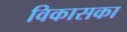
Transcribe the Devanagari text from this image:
विकासका